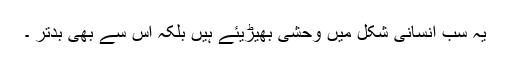
یہ سب انسانی شکل میں وحشی بھیڑیئے ہیں بلکہ اس سے بھی بدتر ۔